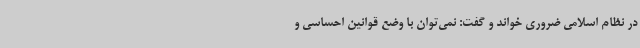
در نظام اسلامی ضروری خواند و گفت: نمی‌توان با وضع قوانین احساسی و